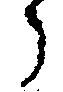
々